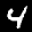
Label: 4